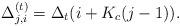
LaTeX: \begin{align*} \Delta^{(t)}_{j,i}=\Delta_t(i+K_c(j-1)).\end{align*}